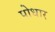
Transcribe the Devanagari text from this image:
पोधार